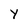
Character: Y